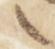
之